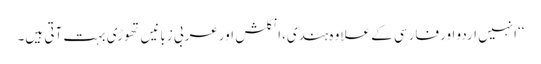
‘‘انہیں اردو اورفارسی کے علاوہ ہندی،انگلش اورعربی زبانیں تھوڑی بہت آتی ہیں۔